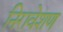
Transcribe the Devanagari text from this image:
निरावेशण